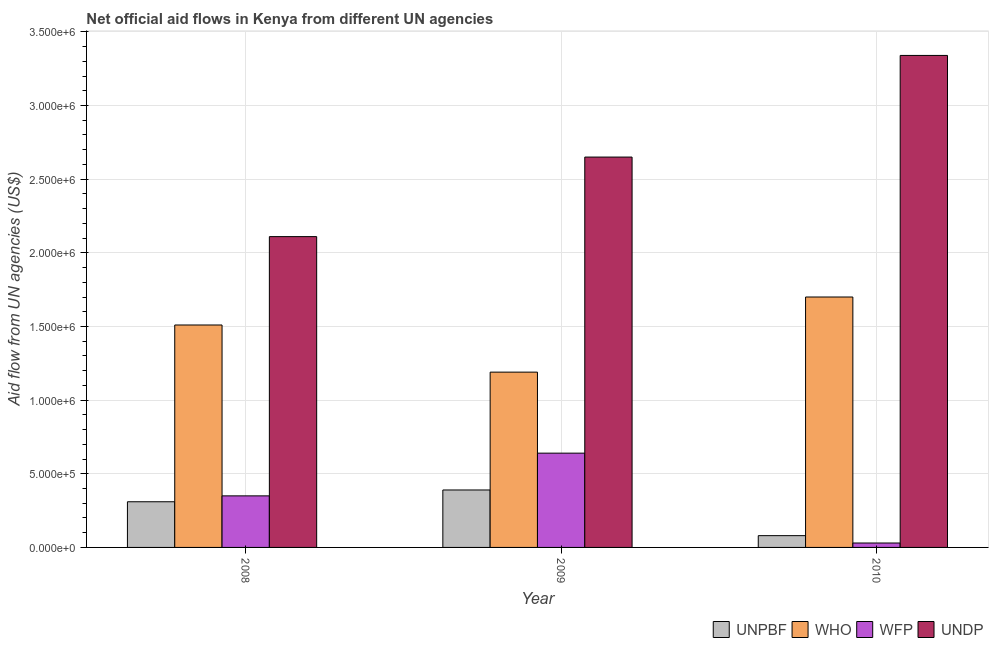
| Year | UNPBF | WHO | WFP | UNDP |
 | --- | --- | --- | --- | --- |
 | 2008 | 3.1e+05 | 1.51e+06 | 3.5e+05 | 2.11e+06 |
 | 2009 | 3.9e+05 | 1.19e+06 | 6.4e+05 | 2.65e+06 |
 | 2010 | 8e+04 | 1.7e+06 | 3e+04 | 3.34e+06 |